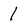
Character: 1